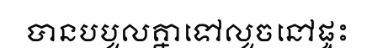
បានបបួលគ្នាទៅលួចនៅផ្ទះ